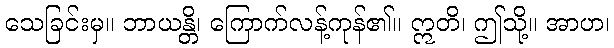
သေခြင်းမှ။ ဘာယန္တိ၊ ကြောက်လန့်ကုန်၏။ ဣတိ၊ ဤသို့။ အာဟ၊